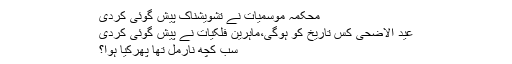
محکمہ موسمیات نے تشویشناک پیش گوئی کردی
عید الاضحیٰ کس تاریخ کو ہوگی،ماہرین فلکیات نے پیش گوئی کردی
سب کچھ نارمل تھا پھرکیا ہوا؟